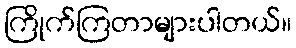
ကြိုက်ကြတာများပါတယ်။